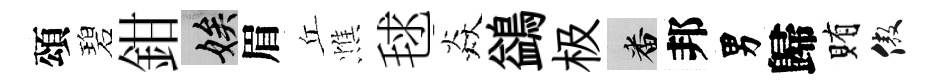
頌碧鉗娭眉丘憔毬焱鷁极番邦男歸賄傲